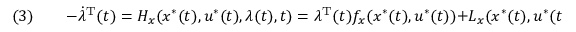
( 3 ) \qquad - { \dot { \lambda } } ^ { \mathrm { { T } } } ( t ) = H _ { x } ( x ^ { * } ( t ) , u ^ { * } ( t ) , \lambda ( t ) , t ) = \lambda ^ { \mathrm { { T } } } ( t ) f _ { x } ( x ^ { * } ( t ) , u ^ { * } ( t ) ) + L _ { x } ( x ^ { * } ( t ) , u ^ { * } ( t ) )